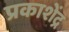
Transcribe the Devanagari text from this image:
प्रकाशेंद्र